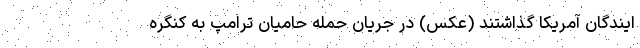
ایندگان آمریکا گذاشتند (عکس) در جریان حمله حامیان ترامپ به کنگره